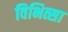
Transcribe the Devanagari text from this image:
विभित्सा